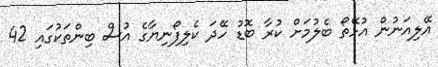
އޭލިއަނުން އުޅޭތޯ ބެލުމަށް ކުރާ ބޮޑު ހޭދަ ކެލިފޯނިޔާގެ އުސް ބިންތަކުގައި 42